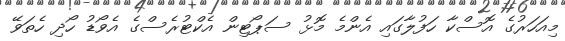
މިއަހަރުގެ އޮސްކާ ހަފުލާގައި އެންމެ މޮޅު ސަޕޯޓިން އެކްޓުރެސްގެ އެވޯޑު ހޯދި ހެތަވޭ